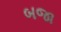
બજા